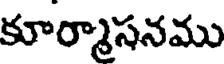
కూర్మాసనము